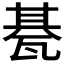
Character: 𤭦